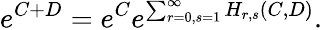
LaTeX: e^{C+D}=e^{C}e^{\sum_{r=0,s=1}^{\infty}H_{r,s}(C,D)}.